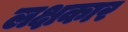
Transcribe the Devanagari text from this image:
लक्षकार